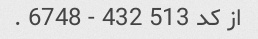
از کد 513 432 - 6748 .